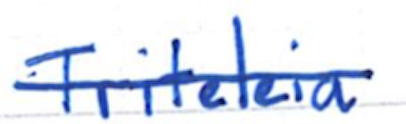
Text: Triteleia
Cross-out: mix
Writing tool: ballpoint